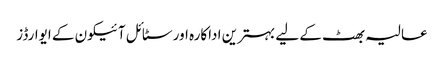
عالیہ بھٹ کے لیے بہترین اداکارہ اور سٹائل آئیکون کے ایوارڈز